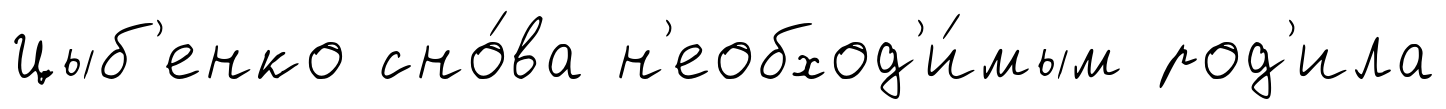
Цыб'енко сно́ва н'еобход'и́мым род'ила